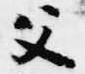
父